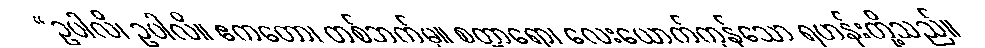
“ဥပါလိ၊ ဥပါလိ။ ဧကတော၊ တစ်ဘက်မှ။ စတ္တာရော၊ လေးယောက်ကုန်သော ရဟန်းတို့သည်။